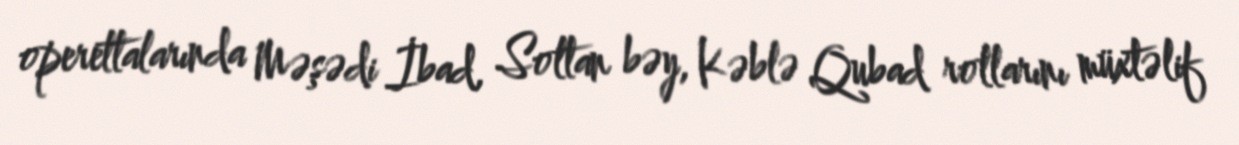
operettalarında Məşədi İbad, Soltan bəy, Kəblə Qubad rollarını müxtəlif